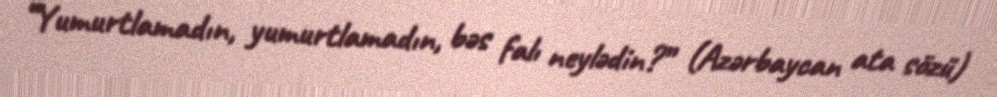
“Yumurtlamadın, yumurtlamadın, bəs falı neylədin?” (Azərbaycan ata sözü)